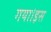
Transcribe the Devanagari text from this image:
गया।इस